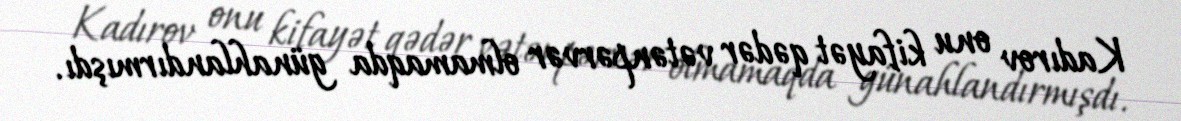
Kadırov onu kifayət qədər vətənpərvər olmamaqda günahlandırmışdı.